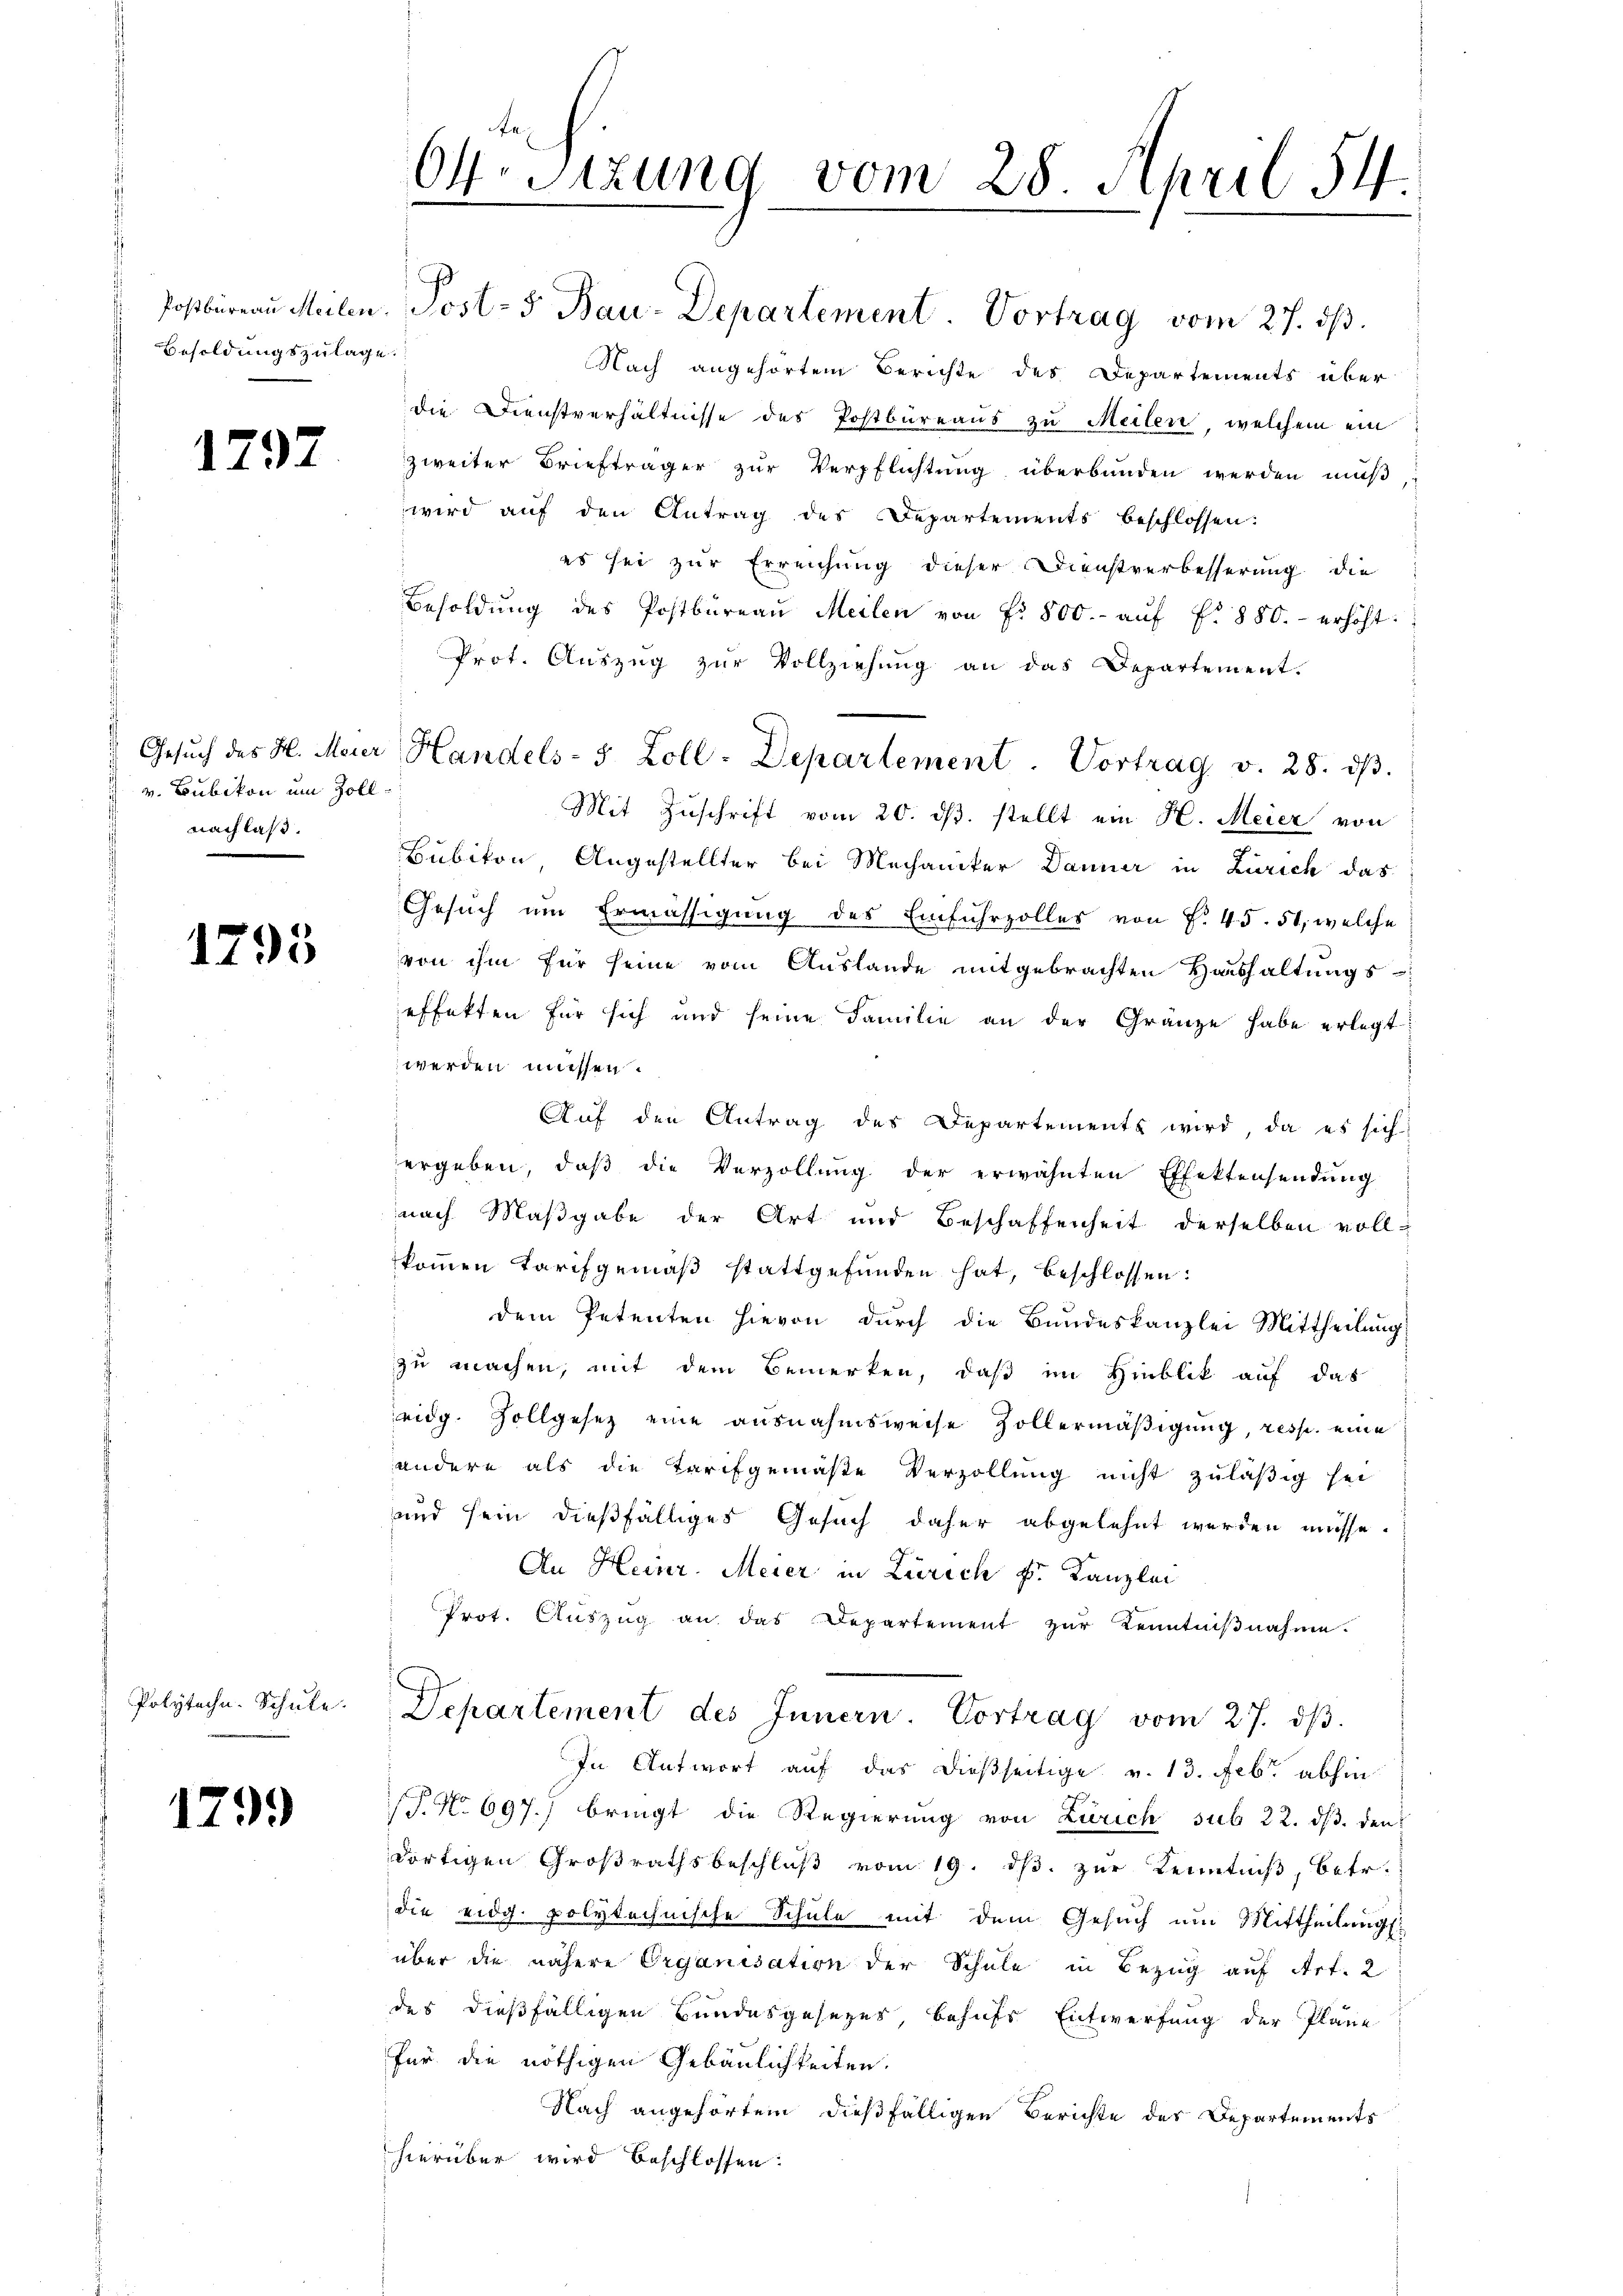
Besoldungszulage.

1297

v. Bubikon um Zoll.
nach las.

1795

Polytechn. Schule.

1799

Postbüreau Meilen. Post- 5. Bau-Departement Vortrag vom 27. dβ.
Nach angehörtem Berichte des Departements über
die Dienstverhältnisse des Postbureaus zu Meilen, welchem ein
zweiter Briefträger zŭr Verpflichtŭng überbunden werden muß
wird auf den Antrag des Departements beschlossen:
es sei zur Erreichung dieser Dienstverbesserung die
Besoldŭng des Postbüreaŭ Meilen von fr. 800.- aŭf f. 880.- erhöht:
Prot. Aŭszŭg zŭr Vollziehung an das Departement.
Mit Zuschrift vom 20. ds. stellt ein H. Meier von
Bubikon Angestellter bei Mechaniker Danner in Zürich das
Gesŭch um Ermässigung des Einfuhrzolles von S. 45. 51, welche
von ihm für seine vom Auslande mitgebrachten Haushaltungs
effekten für sich und seine Familie an der Gränze habe erlegt
werden müssen.
Aŭf den Antrag des Departements wird, da es sich
ergeben, daß die Verzollung der erwähnten Effektensendung
nach Maßgabe der Art und Beschaffenheit derselben voll-
kommen Tarifgemäß stattgefunden hat, beschlossen:
dem Petenten hievon durch die Bundeskanzlei Mittheilŭng
zu machen, mit dem Bemerken, daß im Hinblik auf das
eidg. Zollgesetz eine ausnahmsweise Zollermäßigung, resp. eine
andere als die Tarifgemäße Verzöllung nicht zuläßig sei
und sein dießfälliges Gesuch daher abgelehnt werden müsse.
An Heinr. Meier in Zürich k. Kanzlei
Prot. Aŭszŭg an das Departement zŭr Kenntniβnahme.
Departement des Innern. Vortrag vom 27. dβ.
In Antwort auf das dießseitige v. 13. Febr. abhin
P. Nr. 697.) bringt die Regierung von Zürich sub 22. ds. den
dortigen Großrathsbeschluß vom 19. ds. zur Kenntniß, betr.
die eidg. polytechnische Schule mit dem Gesuch um Mittheilungs
über die nähere Organisation der Schule in Bezug auf Art. 2
des dießfälligen Bundesgesezes, behufs Entwerfung der Pläne
für die nöthigen Gebäulichkeiten.
Nach angehörtem dießfälligen Berichte des Departements
hierüber wird beschlossen:

64. Sitzung vom 28. April 54.

Gesŭch des H. Meier Handels- 5 Zoll-Departement. Vortrag v. 28. dβ.